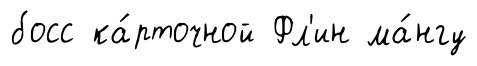
босс ка́рточной Фл'ин ма́нгу